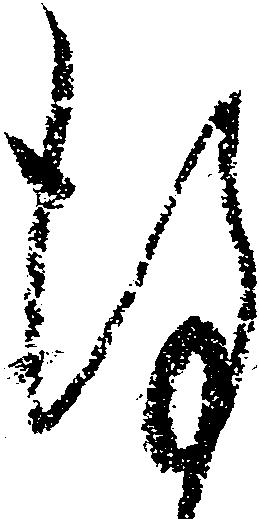
謹